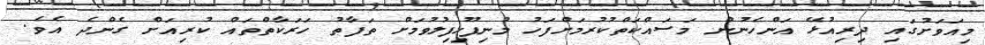
މިއަވަށުގައި ދިރިއުޅޭ އަންހެނުން މަސައްކަތްކުރުމަށްފަހު މުނިފޫހިފިލުވުމަށް ތަފާތު ހަރަކާތްތައް ކުރިއަށް ގެންދެ އެވެ.